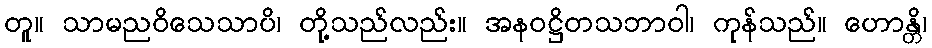
တူ။ သာမညဝိသေသာပိ၊ တို့သည်လည်း။ အနဝဋ္ဌိတသဘာဝါ၊ ကုန်သည်။ ဟောန္တိ၊